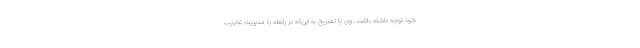
خود توجه داشته باشند. وی با تصریح به این‌که در رابطه با مدیریت تخریب